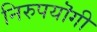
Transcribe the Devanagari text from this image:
निरुपयॊगी